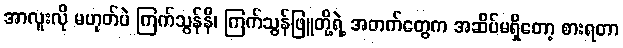
အာလူးလို မဟုတ်ပဲ ကြက်သွန်နီ၊ ကြက်သွန်ဖြူတို့ရဲ့ အတက်တွေက အဆိပ်မရှိတော့ စားရတာ